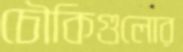
চৌকিগুলোর